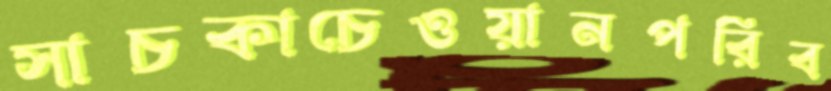
সাচকাচেওয়ানপরিব